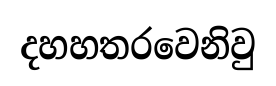
දහහතරවෙනිවු